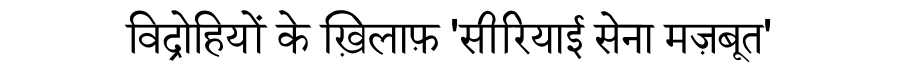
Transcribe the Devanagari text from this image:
विद्रोहियों के ख़िलाफ़ 'सीरियाई सेना मज़बूत'